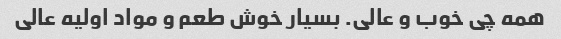
همه چی خوب و عالی. بسیار خوش طعم و مواد اولیه عالی